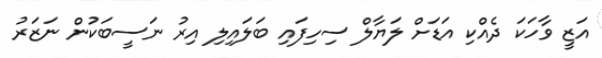
އަޒީ ވާހަކަ ދެއްކި އަޑަށް ލަޔާލް ސިހިފައި ބަލައިލި އިރު ނަސީބަކުން ނަޒަރު